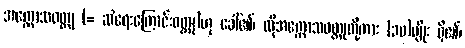
အက္ကောသဝတ္ထု (= ဆဲရေးကြောင်းဝတ္ထု)ဟု ခေါ်၏၊ ထိုအက္ကောသဝတ္ထုတို့ကား (၁၀)မျိုး ရှိ၏၊